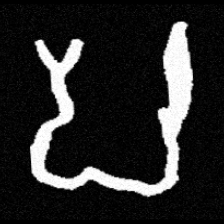
Pyu character \u2014 Myanmar letter: ပ (romanized: pa)